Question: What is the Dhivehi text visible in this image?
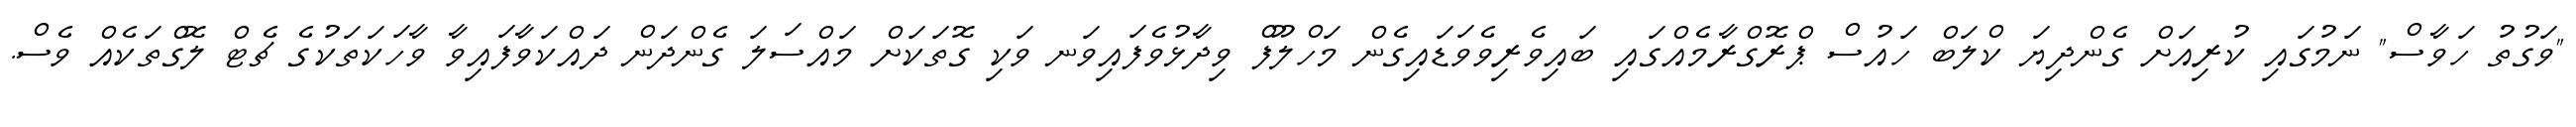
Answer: "ވަގުތު ހަވާސް" ނަމުގައި ކުރިއަށް ގެންދިޔަ ކްލަބް ހައުސް ޕްރޮގްރާމެއްގައި ބައިވެރިވެވަޑައިގެން މަހްލޫފް ވިދާޅުވެފައިވަނ ވަކި ގޮތަކަށް މައްސަލަ ގެންދަން ދައްކަވާފައިވާ ވާހަކަތަކުގެ ޗެޓް ލޮގްތަކެއް ވެސް.